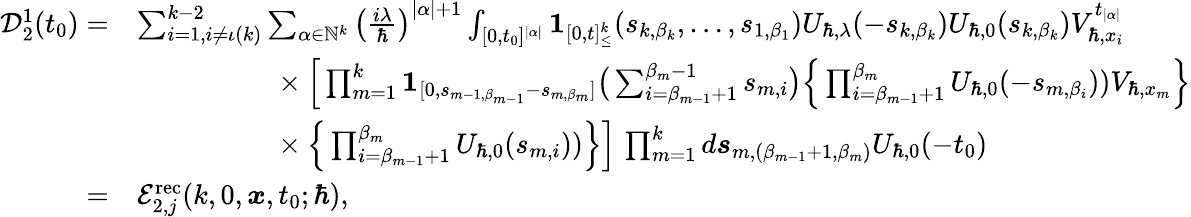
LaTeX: \begin{array}{rl}{\mathcal{D}_{2}^{1}(t_{0})=}&{\sum_{i=1,i\neq\iota(k)}^{k-2}\sum_{\alpha\in\mathbb{N}^{k}}\left(\frac{i\lambda}{\hbar}\right)^{|\alpha|+1}\int_{[0,t_{0}]^{|\alpha|}}\boldsymbol{1}_{[0,t]_{\leq}^{k}}(s_{k,\beta_{k}},\dots,s_{1,\beta_{1}})U_{\hbar,\lambda}(-s_{k,\beta_{k}})U_{\hbar,0}(s_{k,\beta_{k}})V_{\hbar,x_{i}}^{t_{|\alpha|}}}\\ &{\phantom{\sum_{\alpha\in\mathbb{N}^{k_{0}}\times\{ 1\} }}\times\Big[\prod_{m=1}^{k}\boldsymbol{1}_{[0,s_{m-1,\beta_{m-1}}-s_{m,\beta_{m}}]}\big(\sum_{i=\beta_{m-1}+1}^{\beta_{m}-1}s_{m,i}\big)\Big\{ \prod_{i=\beta_{m-1}+1}^{\beta_{m}}U_{\hbar,0}(-s_{m,\beta_{i}}))V_{\hbar,x_{m}}\Big\} }\\ &{\phantom{\sum_{\alpha\in\mathbb{N}^{k_{0}}\times\{ 1\} }}\times\Big\{ \prod_{i=\beta_{m-1}+1}^{\beta_{m}}U_{\hbar,0}(s_{m,i}))\Big\} \Big]\, \prod_{m=1}^{k}d\boldsymbol{s}_{m,(\beta_{m-1}+1,\beta_{m})}U_{\hbar,0}(-t_{0})}\\ {=}&{\mathcal{E}_{2,j}^{\mathrm{rec}}(k,0,\boldsymbol{x},t_{0};\hbar),}\end{array}